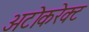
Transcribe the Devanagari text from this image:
अटोकरेक्ट